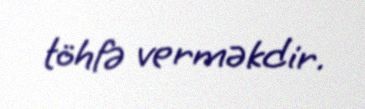
töhfə verməkdir.